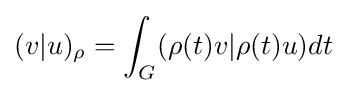
(v|u)_{\rho }=\int _{G}(\rho (t)v|\rho (t)u)dt